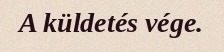
A küldetés vége.